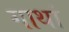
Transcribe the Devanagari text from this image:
गाथां